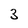
Character: 3